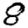
Digit: 8